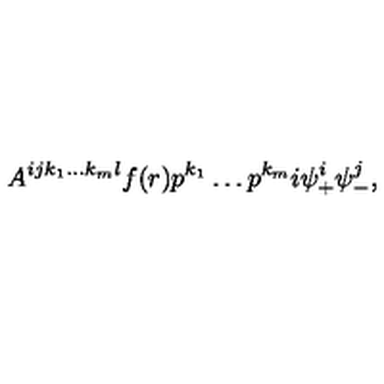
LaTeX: A ^ { i j k _ { 1 } \dots k _ { m } l } f ( r ) p ^ { k _ { 1 } } \dots p ^ { k _ { m } } i \psi _ { + } ^ { i } \psi _ { - } ^ { j } ,